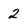
Character: 2